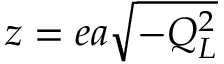
z = e a \sqrt { - Q _ { L } ^ { 2 } }